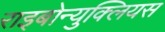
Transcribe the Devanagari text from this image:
राइबोन्युक्लियस